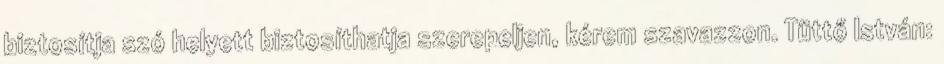
biztosítja szó helyett biztosíthatja szerepeljen, kérem szavazzon. Tüttő István: